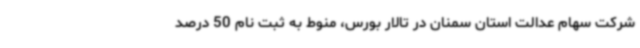
شرکت سهام عدالت استان سمنان در تالار بورس، منوط به ثبت نام 50 درصد